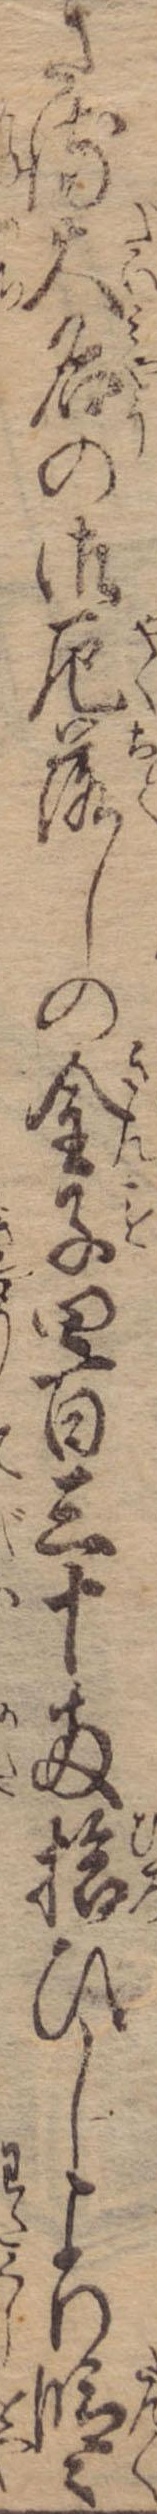
さる大名の御厄落しの金子四百三十両拾ひしより段々